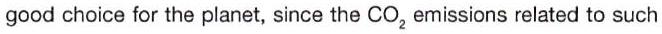
good choice for the planet, since the CO2 emissions related to such